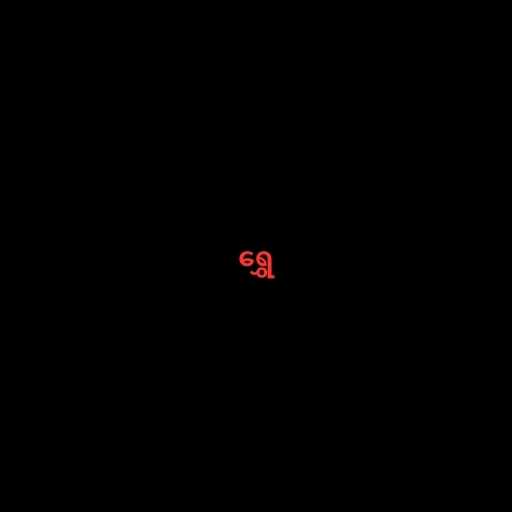
ရွှေ